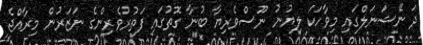
ދަ ނޭޝަނަލްގައި މިވާހަކަ ލިޔުނު ނޫސްވެރިޔާ ބުނާ ގޮތުގައި ފަތުރުވެރިންގެ ނަޒަރުން މިރާއްޖެ